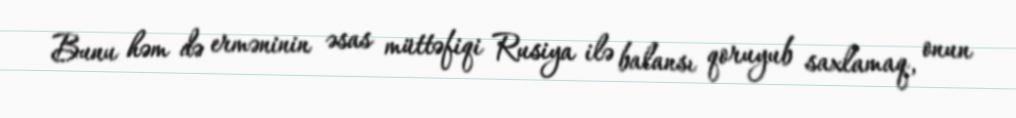
Bunu həm də erməninin əsas müttəfiqi Rusiya ilə balansı qoruyub saxlamaq, onun